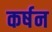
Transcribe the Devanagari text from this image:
कर्षन